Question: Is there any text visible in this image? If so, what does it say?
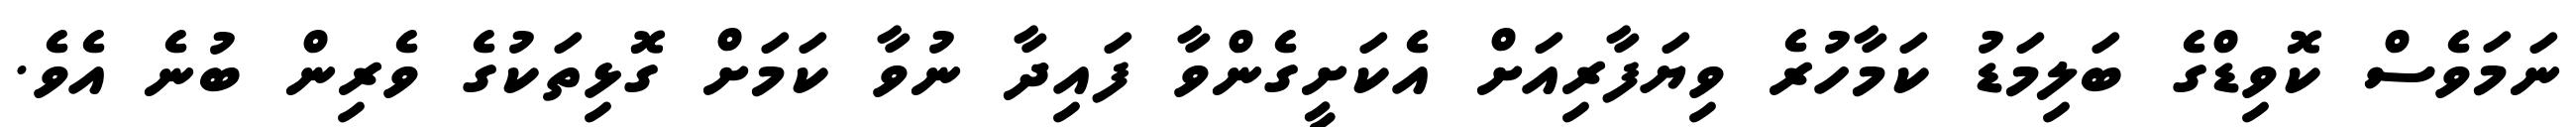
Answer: ނަމަވެސް ކޮވިޑްގެ ބަލިމަޑު ކަމާހުރެ ވިޔަފާރިއަށް އެކަށީގެންވާ ފައިދާ ނުވާ ކަމަށް ގޮޅިތަކުގެ ވެރިން ބުނެ އެވެ.